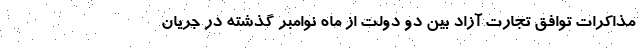
مذاکرات توافق تجارت آزاد بین دو دولت از ماه نوامبر گذشته در جریان